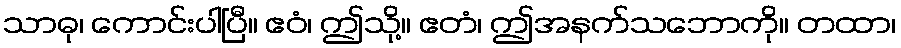
သာဓု၊ ကောင်းပါပြီ။ ဧဝံ၊ ဤသို့။ ဧတံ၊ ဤအနက်သဘောကို။ တထာ၊